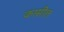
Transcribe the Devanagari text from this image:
कासील